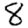
Digit: 8